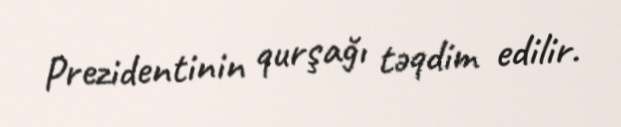
Prezidentinin qurşağı təqdim edilir.